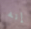
إنه